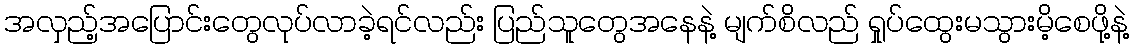
အလှည့်အပြောင်းတွေလုပ်လာခဲ့ရင်လည်း ပြည်သူတွေအနေနဲ့ မျက်စိလည် ရှုပ်ထွေးမသွားမိ့စေဖို့နဲ့